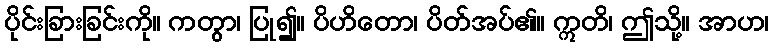
ပိုင်းခြားခြင်းကို။ ကတွာ၊ ပြု၍။ ပိဟိတော၊ ပိတ်အပ်၏။ ဣတိ၊ ဤသို့။ အာဟ၊